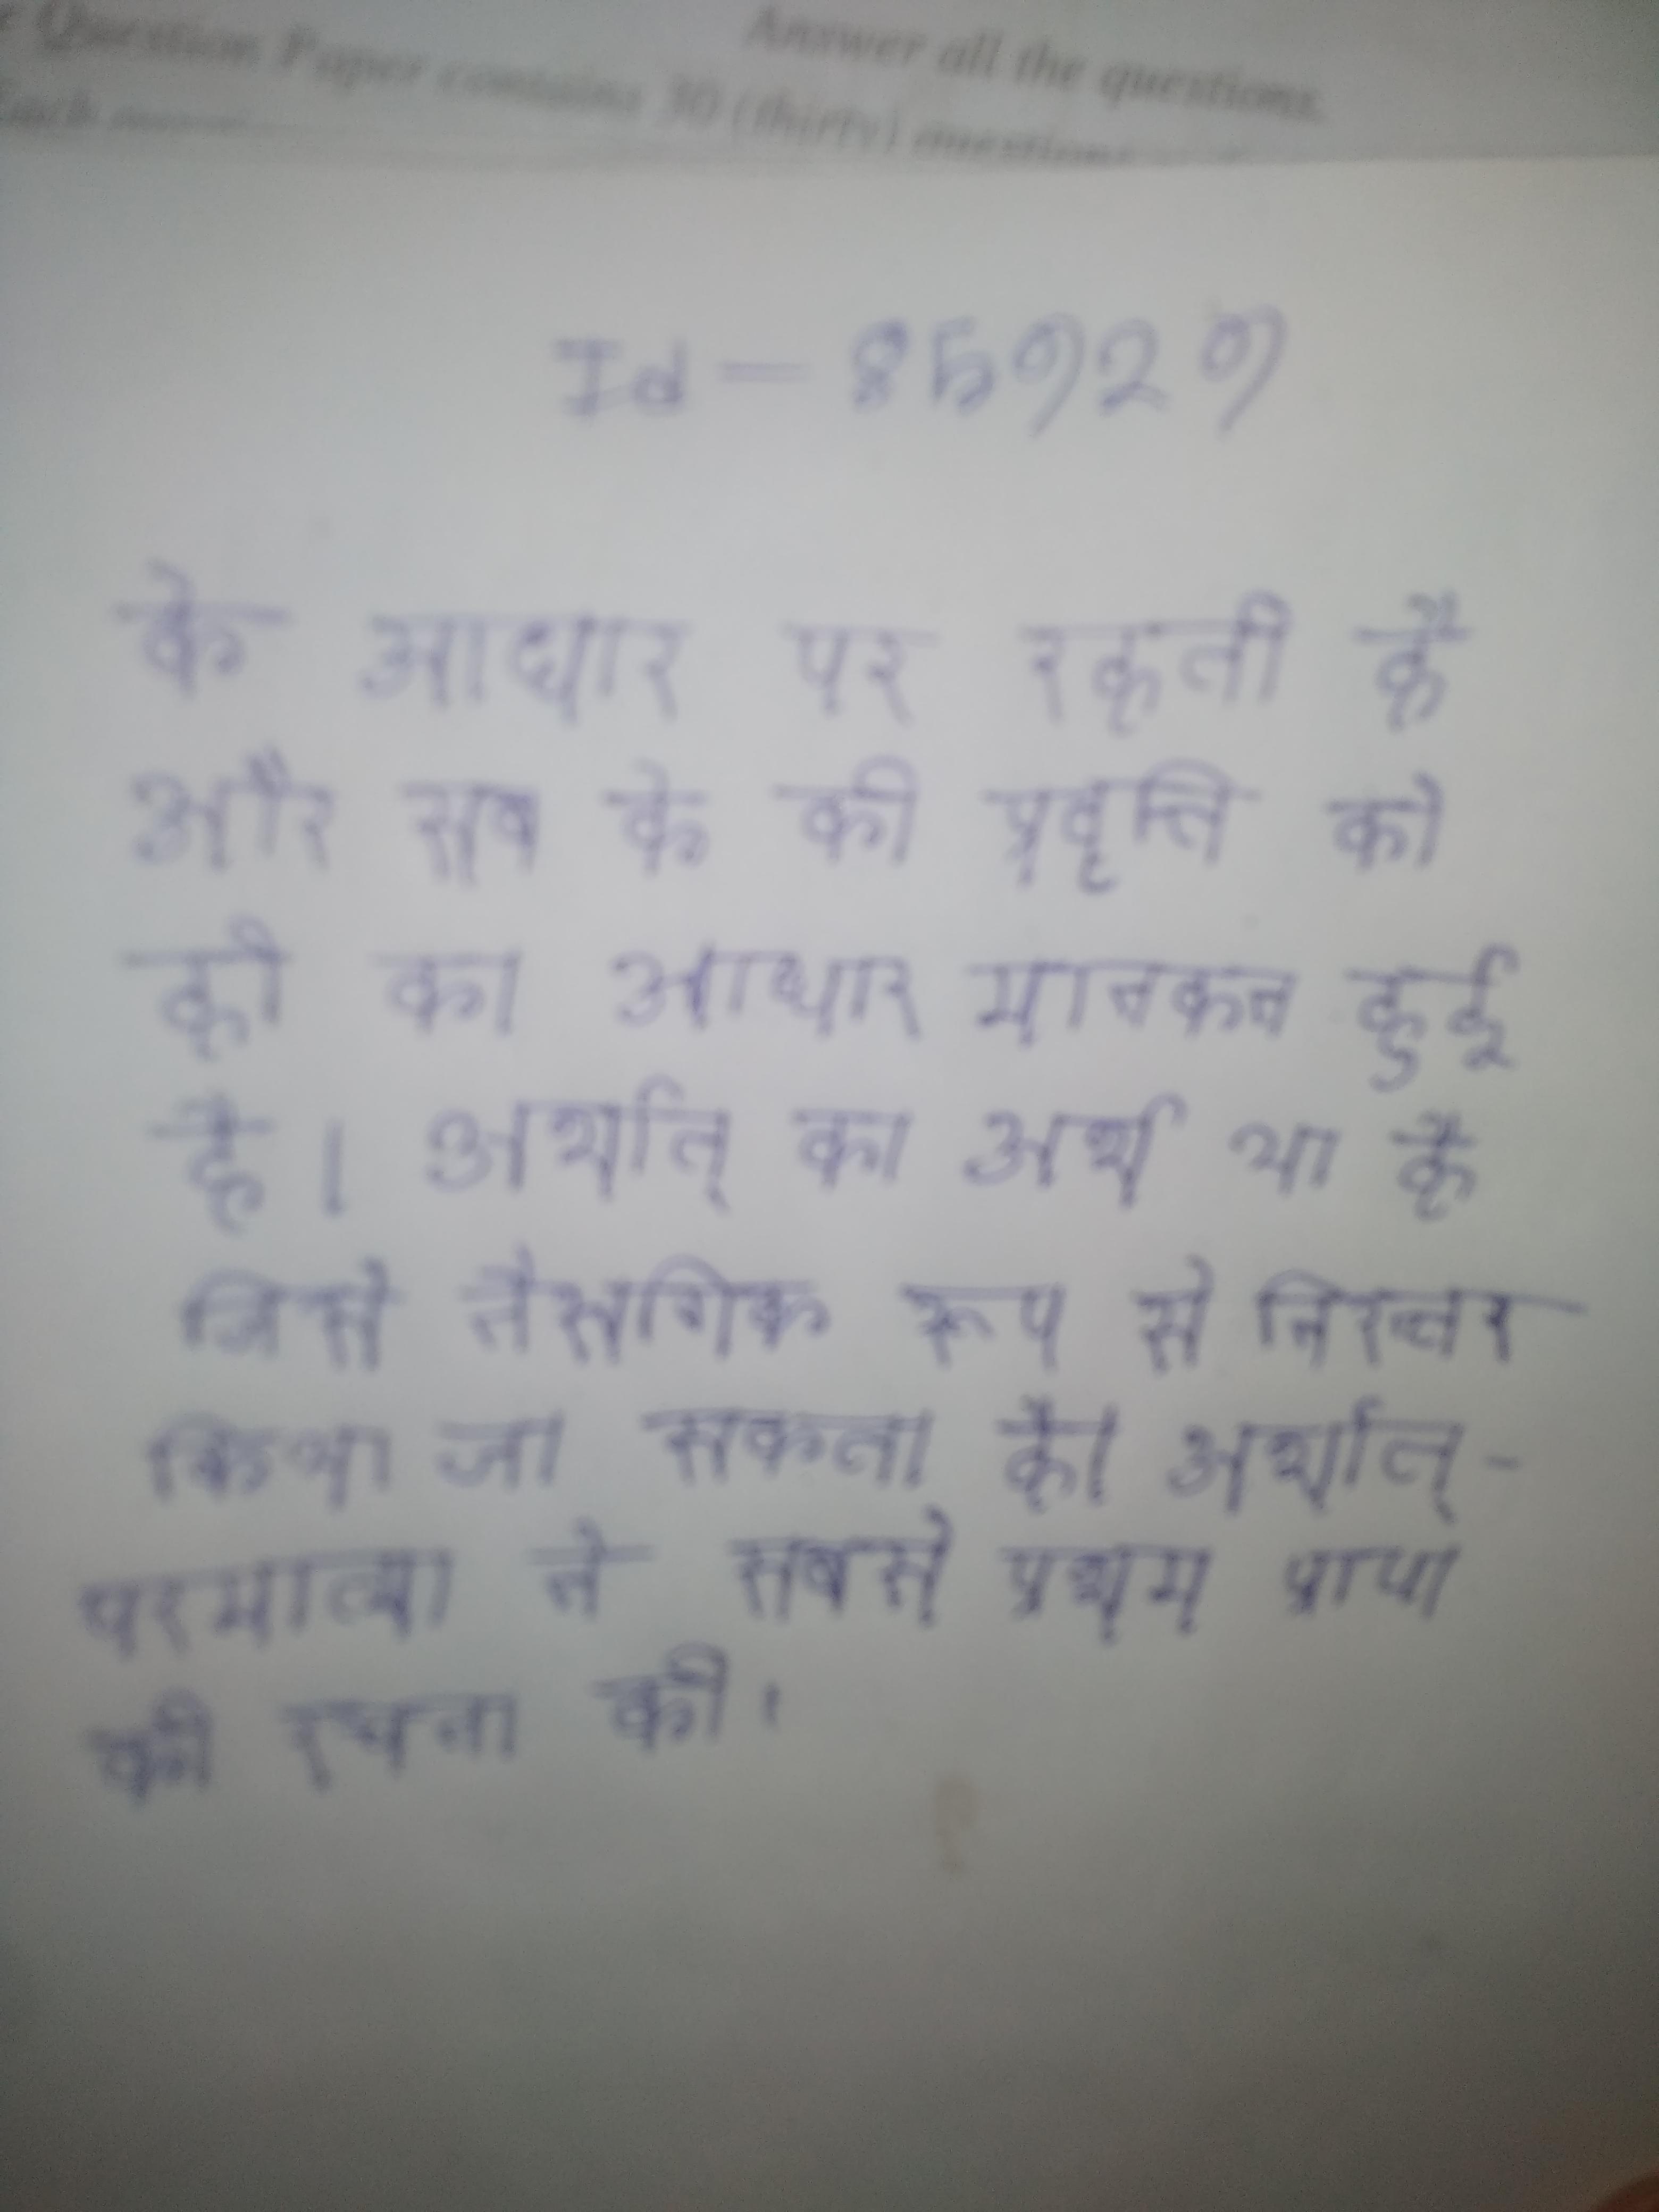
के आधार पर रहती है और सब के की प्रवृत्ति को ही का आधार मानकर हुई है । अर्थात् का अर्थ या है जिसे नैसर्गिक रूप से निरन्तर किया जा सकता है । अर्थात्- परमात्मा ने सबसे प्रथम प्राण की रचना की ।